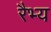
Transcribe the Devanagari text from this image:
रैभ्य